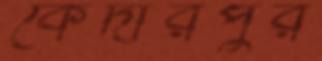
কেদারপুর